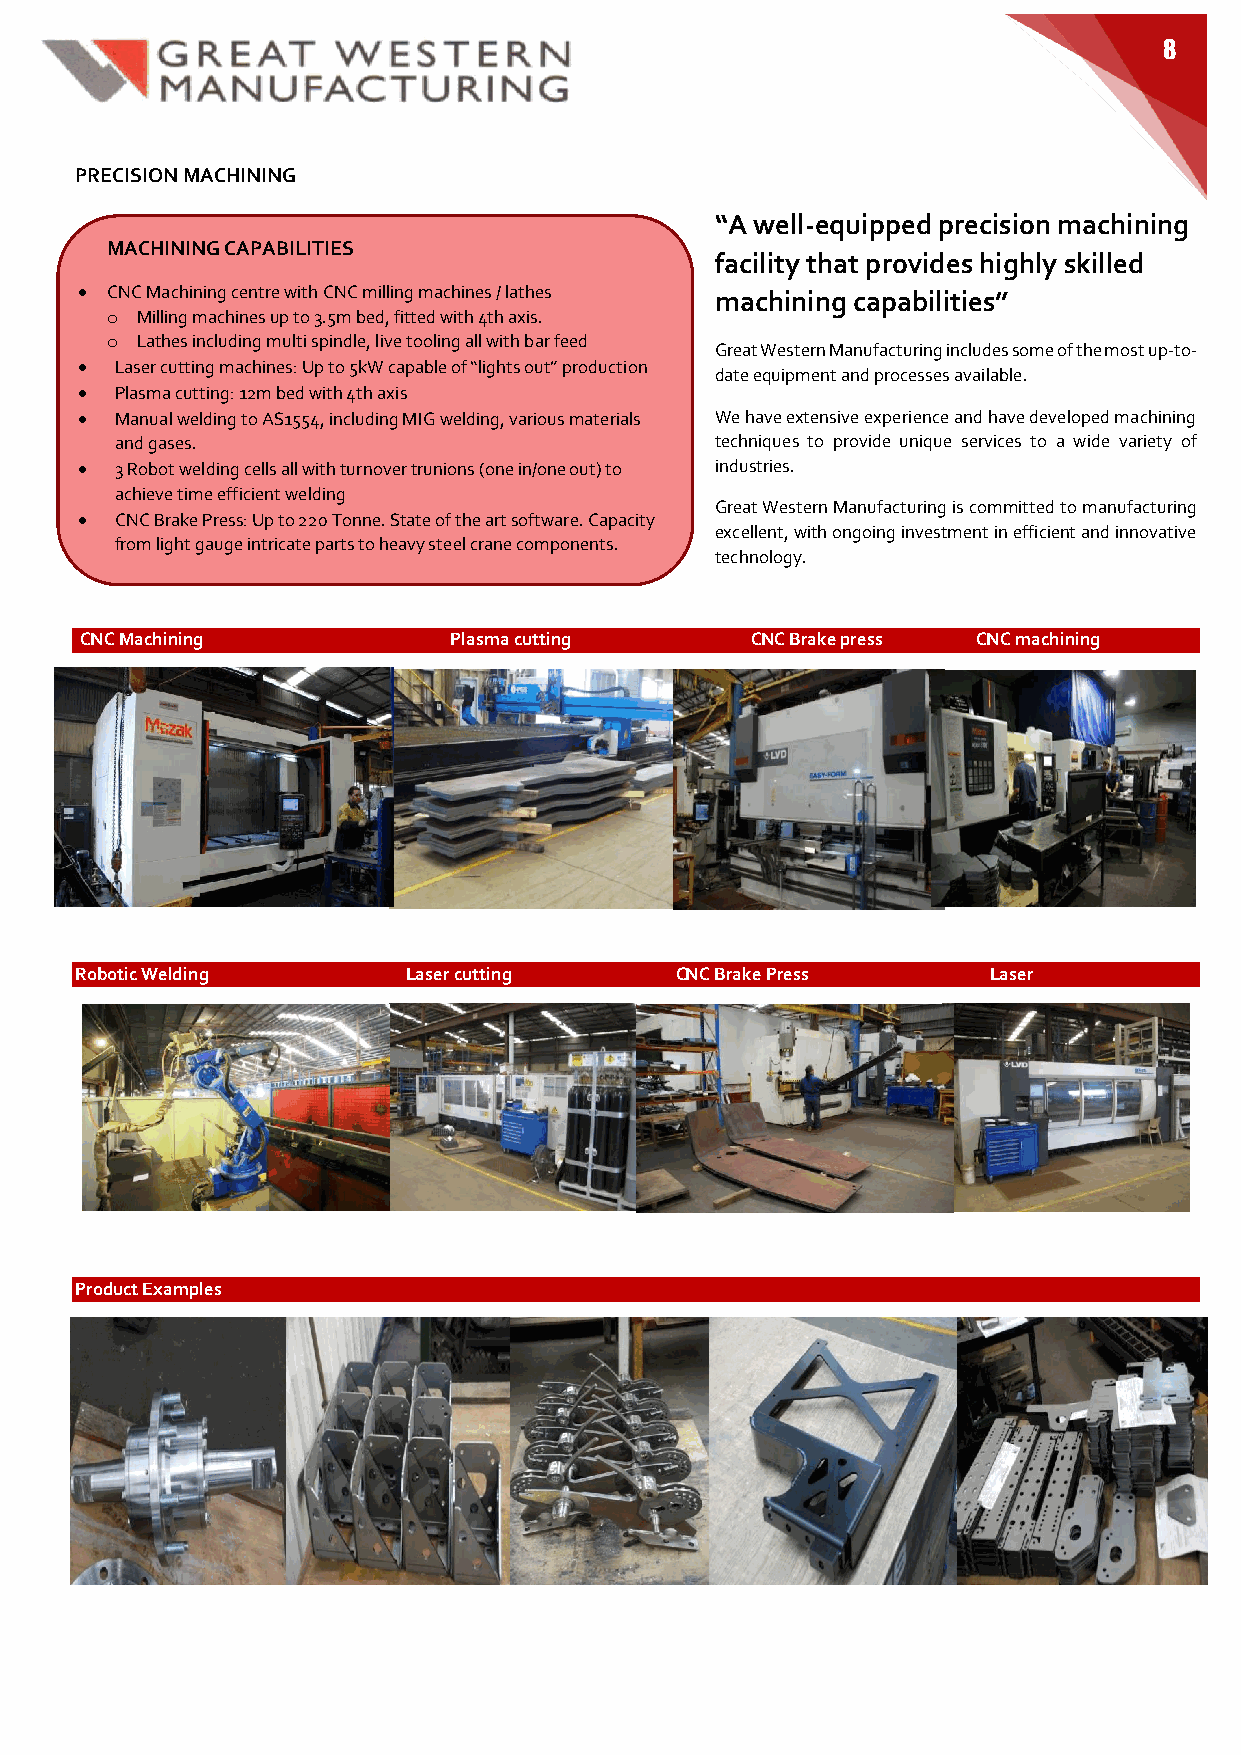
8
 PRECISION MACHINING
 “A well-equipped precision machining
 MACHINING CAPABILITIES
 facility that provides highly skilled
  CNC Machining centre with CNC milling machines / lathes machining capabilities”
 Milling machines up to 3.5m bed, fitted with 4th axis.
 o
 Lathes including multi spindle, live tooling all with bar feed
 o                                       Great Western Manufacturing includes some of the most up-to-
   Laser cutting machines: Up to 5kW capable of “lights out” production
 date equipment and processes available.
   Plasma cutting: 12m bed with 4th axis
   Manual welding to AS1554, including MIG welding, various materials We have extensive experience and have developed machining
 and gases.                             techniques to provide unique services to a wide variety of
   3 Robot welding cells all with turnover trunions (one in/one out) to industries.
 achieve time efficient welding
 Great Western Manufacturing is committed to manufacturing
   CNC Brake Press: Up to 220 Tonne. State of the art software. Capacity
 excellent, with ongoing investment in efficient and innovative
 from light gauge intricate parts to heavy steel crane components.
 technology.
 CNC Machining            Plasma cutting      CNC Brake press CNC machining
 Robotic Welding       Laser cutting     CNC Brake Press     Laser
 Product Examples